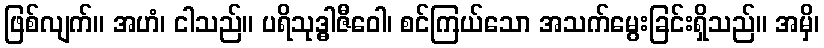
ဖြစ်လျက်။ အဟံ၊ ငါသည်။ ပရိသုဒ္ဓါဇီဝေါ၊ စင်ကြယ်သော အသက်မွေးခြင်းရှိသည်။ အမှိ၊